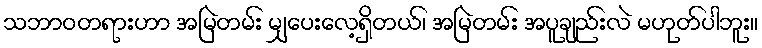
သဘာဝတရားဟာ အမြဲတမ်း မျှပေးလေ့ရှိတယ်၊ အမြဲတမ်း အပူချည်းလဲ မဟုတ်ပါဘူး။